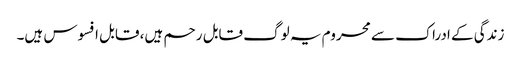
زندگی کے ادراک سے محروم یہ لوگ قابل رحم ہیں، قابل افسوس ہیں۔